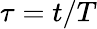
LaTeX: \tau=t/T